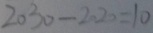
2 0 3 0 - 2 0 2 0 = 1 0